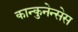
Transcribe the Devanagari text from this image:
कान्कुनेन्सेस